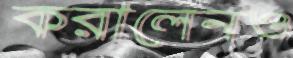
করালেনও